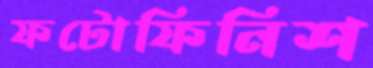
ফটোফিনিশ